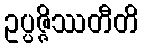
ဥပ္ပဇ္ဇိဿတီတိ